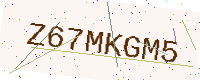
Text: Z67MKGM5